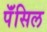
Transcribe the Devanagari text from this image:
पॅंसिल